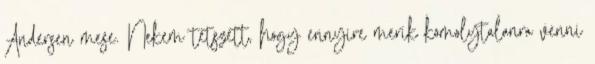
Andersen mese. Nekem tetszett, hogy ennyire merik komolytalanra venni